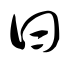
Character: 曰